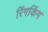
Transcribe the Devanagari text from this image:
रिंगकिंग